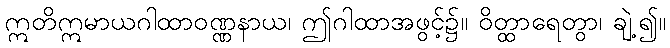
ဣတိဣမာယဂါထာဝဏ္ဏနာယ၊ ဤဂါထာအဖွင့်၌။ ဝိတ္ထာရေတွာ၊ ချဲ့၍။